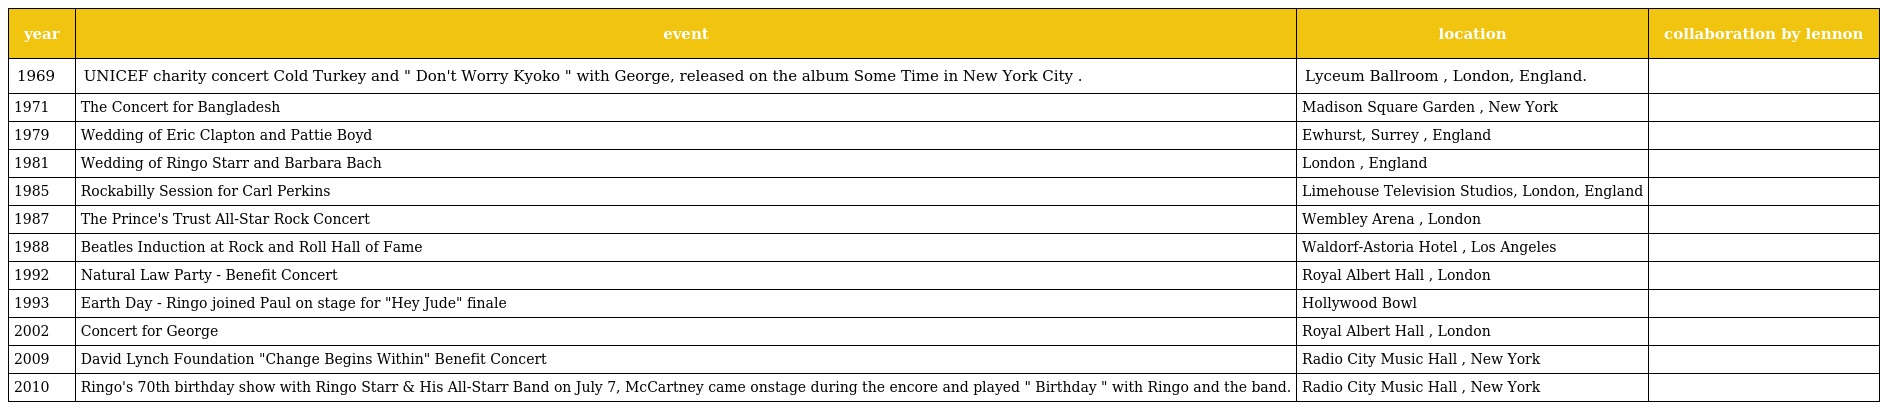
| year | event | location | collaboration by lennon |
 | --- | --- | --- | --- |
 | 1969 | UNICEF charity concert Cold Turkey and " Don't Worry Kyoko " with George, released on the album Some Time in New York City . | Lyceum Ballroom , London, England. |  |
 | 1971 | The Concert for Bangladesh | Madison Square Garden , New York |  |
 | 1979 | Wedding of Eric Clapton and Pattie Boyd | Ewhurst, Surrey , England |  |
 | 1981 | Wedding of Ringo Starr and Barbara Bach | London , England |  |
 | 1985 | Rockabilly Session for Carl Perkins | Limehouse Television Studios, London, England |  |
 | 1987 | The Prince's Trust All-Star Rock Concert | Wembley Arena , London |  |
 | 1988 | Beatles Induction at Rock and Roll Hall of Fame | Waldorf-Astoria Hotel , Los Angeles |  |
 | 1992 | Natural Law Party - Benefit Concert | Royal Albert Hall , London |  |
 | 1993 | Earth Day - Ringo joined Paul on stage for "Hey Jude" finale | Hollywood Bowl |  |
 | 2002 | Concert for George | Royal Albert Hall , London |  |
 | 2009 | David Lynch Foundation "Change Begins Within" Benefit Concert | Radio City Music Hall , New York |  |
 | 2010 | Ringo's 70th birthday show with Ringo Starr & His All-Starr Band on July 7, McCartney came onstage during the encore and played " Birthday " with Ringo and the band. | Radio City Music Hall , New York |  |